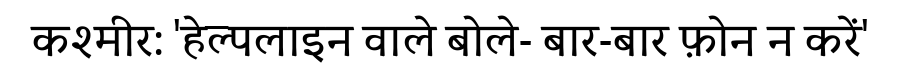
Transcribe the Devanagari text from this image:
कश्मीर: 'हेल्पलाइन वाले बोले- बार-बार फ़ोन न करें'